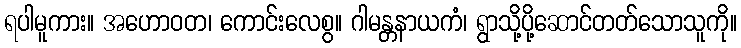
ရပါမူကား။ အဟောဝတ၊ ကောင်းလေစွ။ ဂါမန္တနာယကံ၊ ရွာသို့ပို့ဆောင်တတ်သောသူကို။